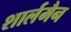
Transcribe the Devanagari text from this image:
शार्लमैन